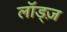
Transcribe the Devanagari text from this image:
लॉड्ज़